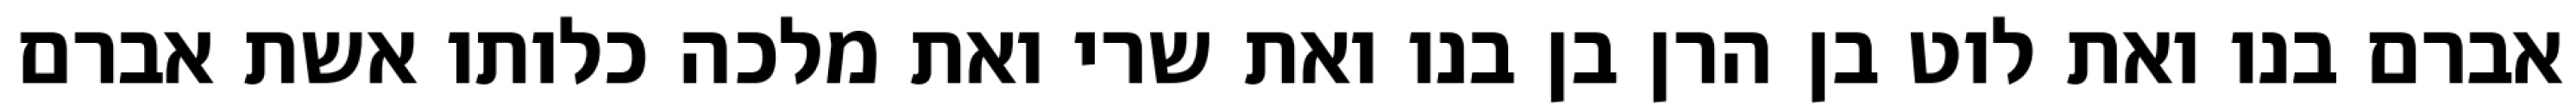
אברם בנו ואת לוט בן הרן בן בנו ואת שרי ואת מלכה כלותו אשת אברם